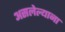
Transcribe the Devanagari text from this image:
असलेल्याना